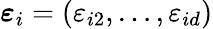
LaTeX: \boldsymbol{\varepsilon}_{i}=(\varepsilon_{i2},\dots,\varepsilon_{id})